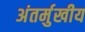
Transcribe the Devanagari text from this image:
अंतर्मुखीय